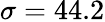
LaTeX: \sigma=44.2